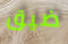
ضيق